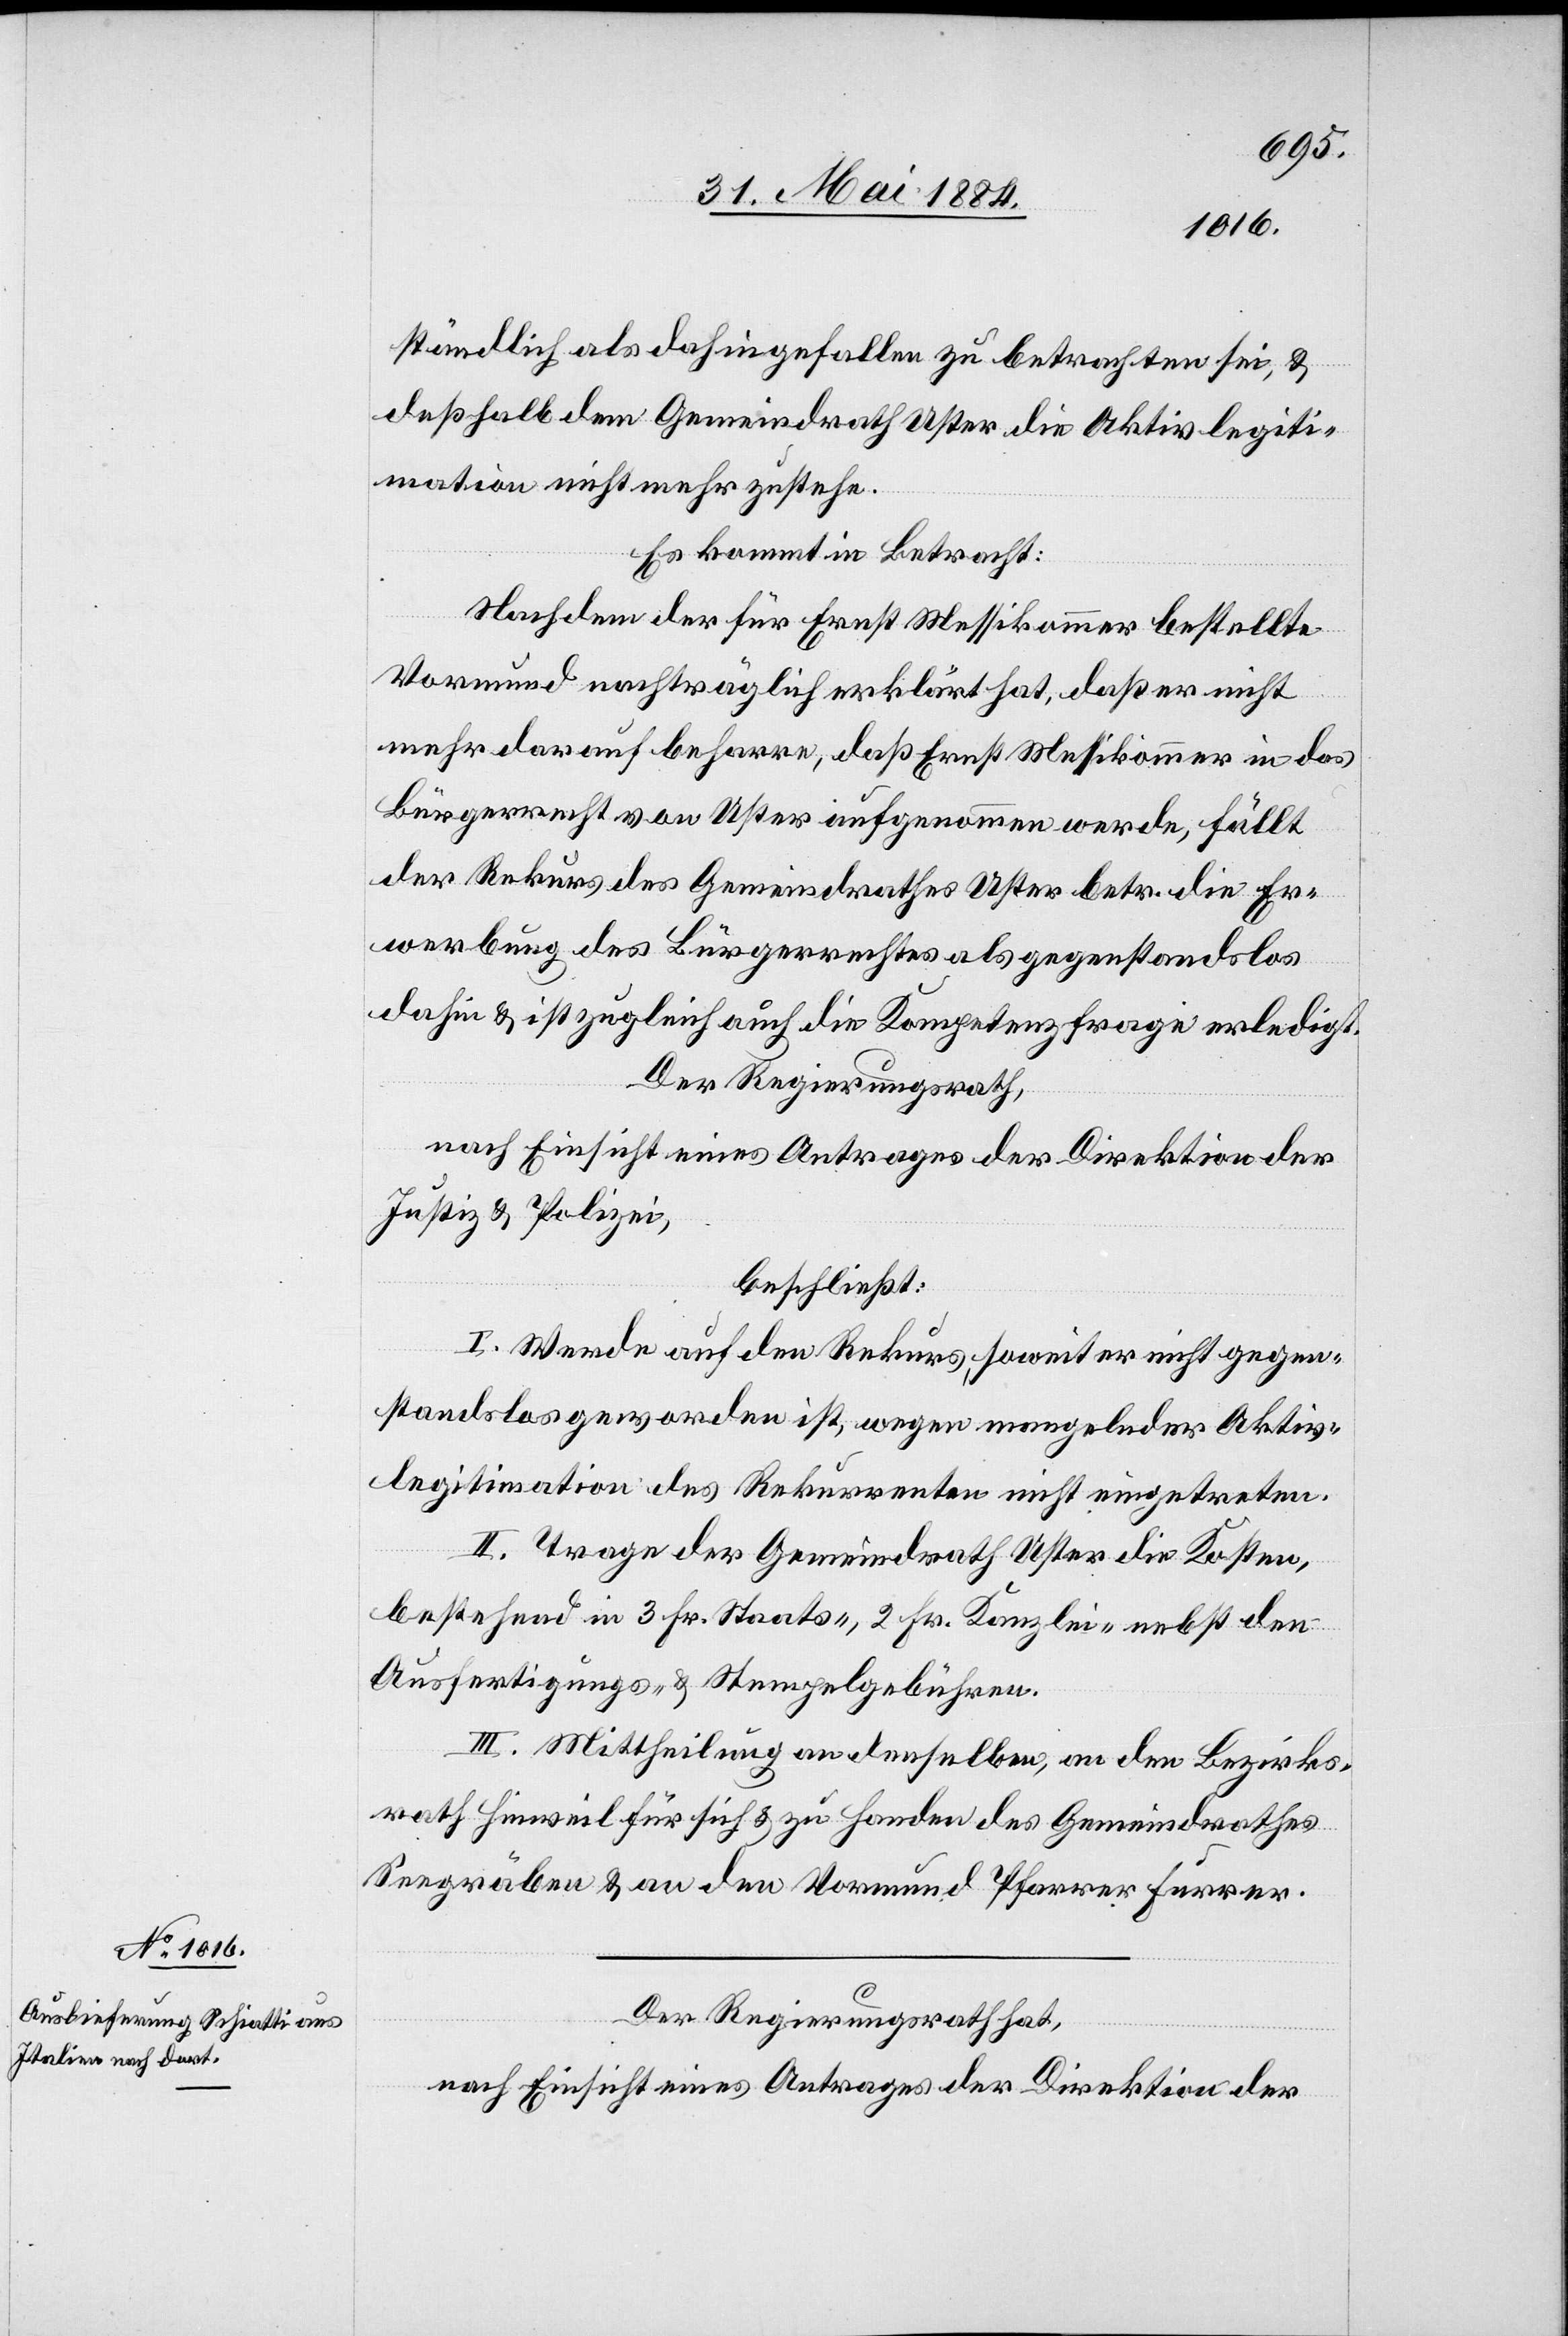
Der Regierungsrath hat,
nach Einsicht eines Antrages der Direktion der